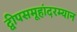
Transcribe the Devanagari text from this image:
द्वीपसमूहांदरम्यान